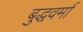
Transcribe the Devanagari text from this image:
बुद्धवर्मा